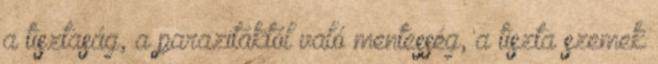
a tisztaság, a parazitáktól való mentesség, a tiszta szemek